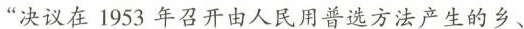
”决议在1953年召开由人民用普选方法产生的乡、